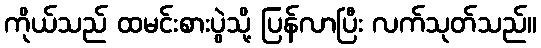
ကိုယ်သည် ထမင်းစားပွဲသို့ ပြန်လာပြီး လက်သုတ်သည်။